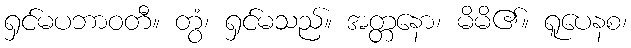
ရှင်မပဘာဝတီ။ တွံ၊ ရှင်မသည်။ အတ္တနော၊ မိမိ၏။ ရူပေနစ၊